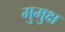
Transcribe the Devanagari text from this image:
मुुमुक्ष